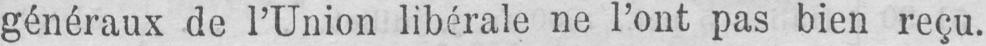
généraux de l’Union libérale ne l’ont pas bien reçu.